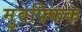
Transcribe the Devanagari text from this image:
मुवफ्फिक